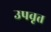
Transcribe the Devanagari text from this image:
उपवृत्त